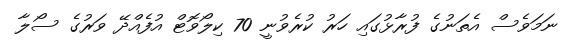
ނަމަވެސް އެތަނުގެ ފުރާޅުގައި ހަރު ކުރެވުނީ 70 ކިލޯވޮޓް އުފެއްދޭ ވަރުގެ ސޯލާ